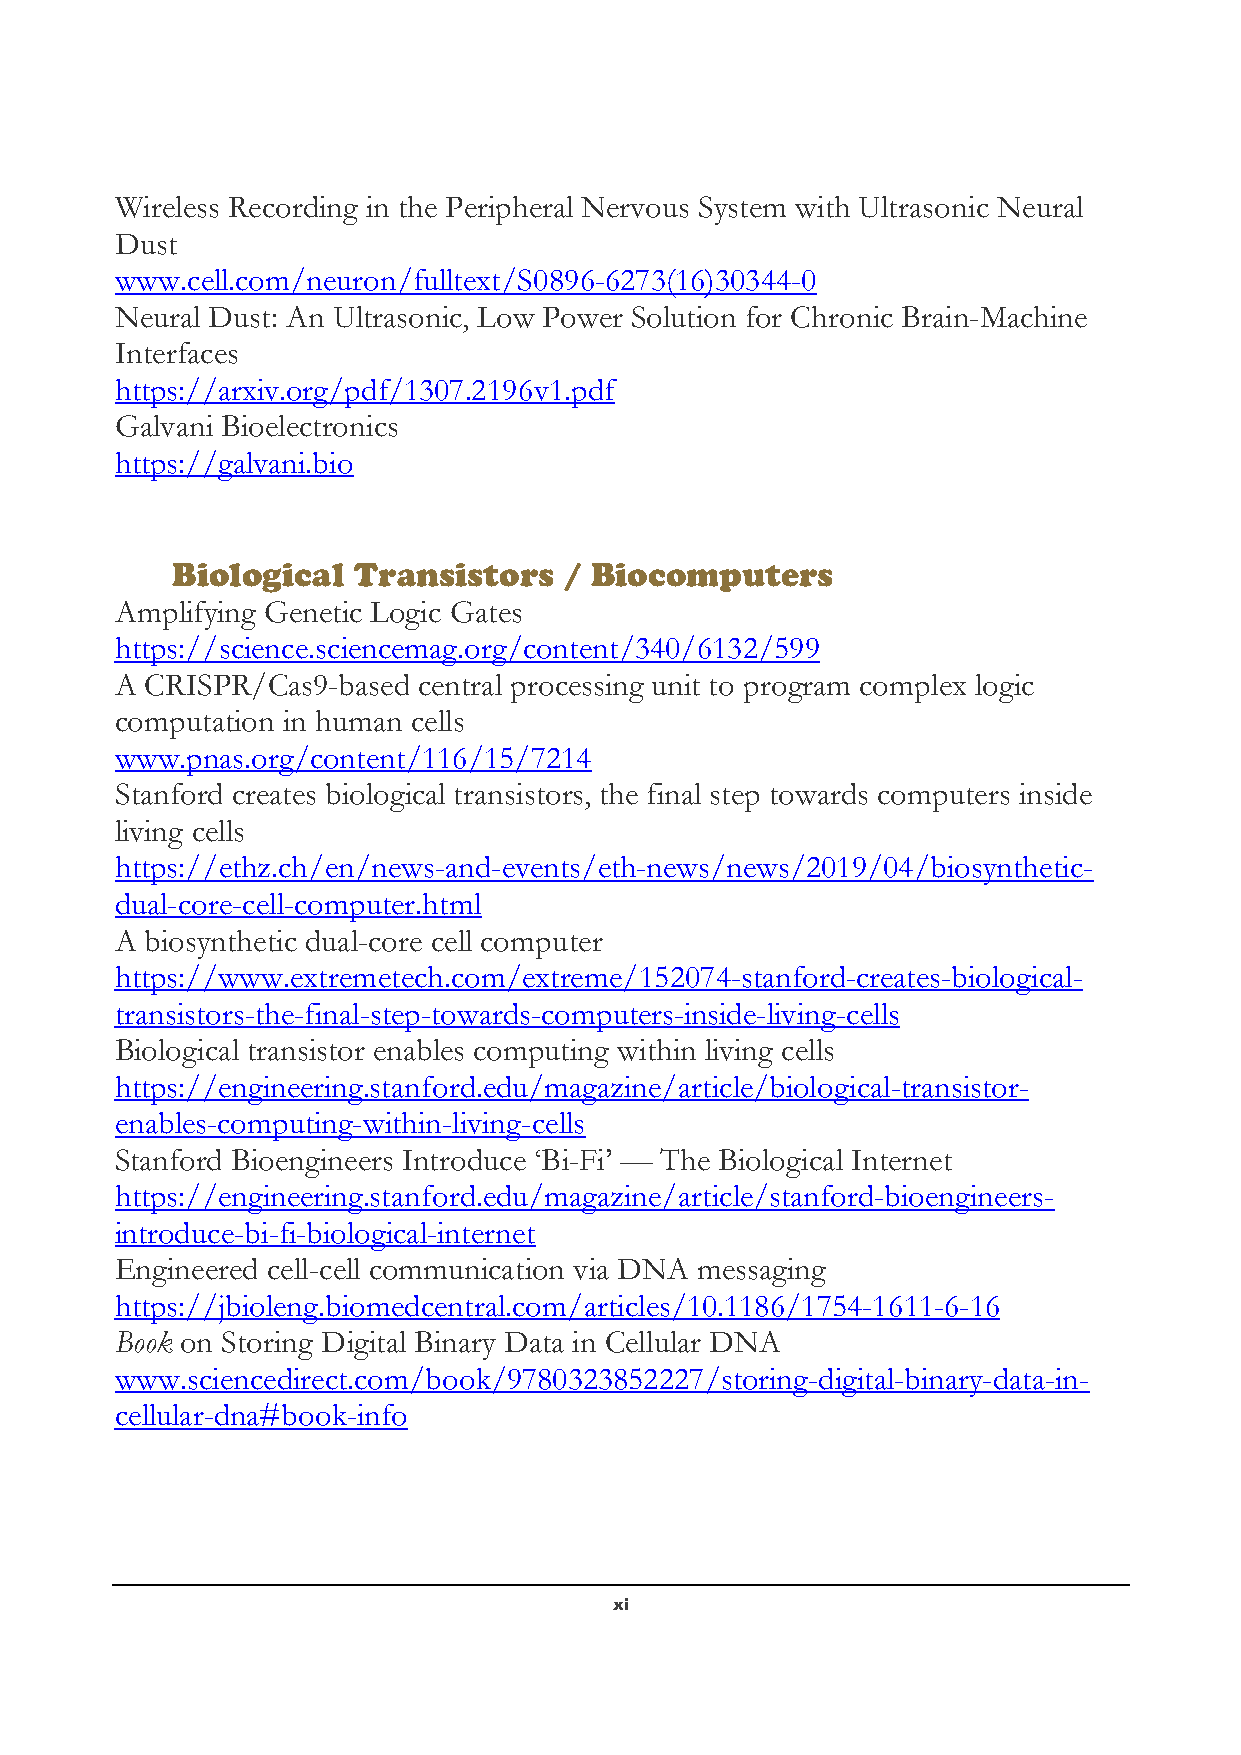
Wireless Recording in the Peripheral Nervous System with Ultrasonic Neural
 Dust
 www.cell.com/neuron/fulltext/S0896-6273(16)30344-0
 Neural Dust: An Ultrasonic, Low Power Solution for Chronic Brain-Machine
 Interfaces
 https://arxiv.org/pdf/1307.2196v1.pdf
 Galvani Bioelectronics
 https://galvani.bio
 Biological  Transistors   / Biocomputers
 Amplifying Genetic Logic Gates
 https://science.sciencemag.org/content/340/6132/599
 A CRISPR/Cas9-based central processing unit to program complex logic
 computation in human cells
 www.pnas.org/content/116/15/7214
 Stanford creates biological transistors, the final step towards computers inside
 living cells
 https://ethz.ch/en/news-and-events/eth-news/news/2019/04/biosynthetic-
 dual-core-cell-computer.html
 A biosynthetic dual-core cell computer
 https://www.extremetech.com/extreme/152074-stanford-creates-biological-
 transistors-the-final-step-towards-computers-inside-living-cells
 Biological transistor enables computing within living cells
 https://engineering.stanford.edu/magazine/article/biological-transistor-
 enables-computing-within-living-cells
 Stanford Bioengineers Introduce ‘Bi-Fi’ — The Biological Internet
 https://engineering.stanford.edu/magazine/article/stanford-bioengineers-
 introduce-bi-fi-biological-internet
 Engineered cell-cell communication via DNA messaging
 https://jbioleng.biomedcentral.com/articles/10.1186/1754-1611-6-16
 Book on Storing Digital Binary Data in Cellular DNA
 www.sciencedirect.com/book/9780323852227/storing-digital-binary-data-in-
 cellular-dna#book-info
 x i